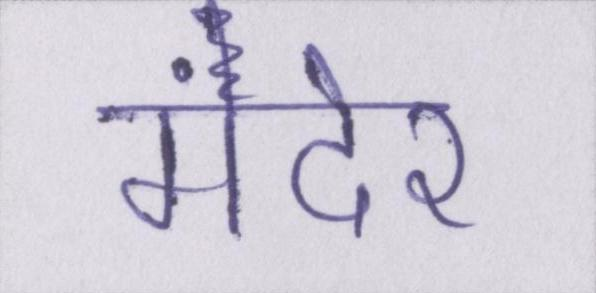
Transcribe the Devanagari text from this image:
मंदेर